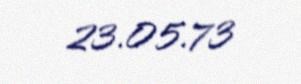
23.05.73